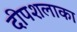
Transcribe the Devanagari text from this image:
दीपशलाका